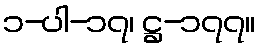
၁-ပါ-၁၇၊ ဋ္ဌ-၁၇၇။